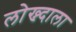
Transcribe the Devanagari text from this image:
लोख्न्दाला